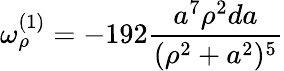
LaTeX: \omega_{\rho}^{(1)}=-192{\frac{a^{7}\rho^{2}da}{(\rho^{2}+a^{2})^{5}}}